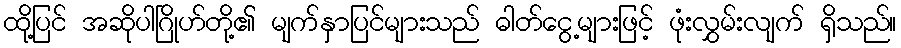
ထို့ပြင် အဆိုပါဂြိုဟ်တို့၏ မျက်နှာပြင်များသည် ဓါတ်ငွေ့များဖြင့် ဖုံးလွှမ်းလျက် ရှိသည်။